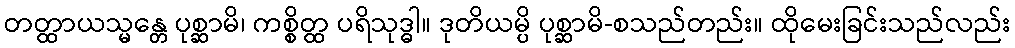
တတ္ထာယသ္မန္တေ ပုစ္ဆာမိ၊ ကစ္စိတ္ထ ပရိသုဒ္ဓါ။ ဒုတိယမ္ပိ ပုစ္ဆာမိ-စသည်တည်း။ ထိုမေးခြင်းသည်လည်း